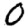
Digit: 0